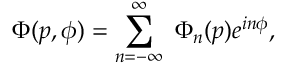
\Phi ( p , \phi ) = \sum _ { n = - \infty } ^ { \infty } \ \Phi _ { n } ( p ) e ^ { i n \phi } ,